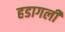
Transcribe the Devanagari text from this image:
हडागली